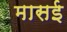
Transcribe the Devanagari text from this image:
मासई